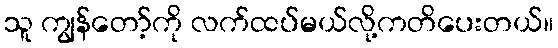
သူ ကျွန်တော့်ကို လက်ထပ်မယ်လို့ကတိပေးတယ်။